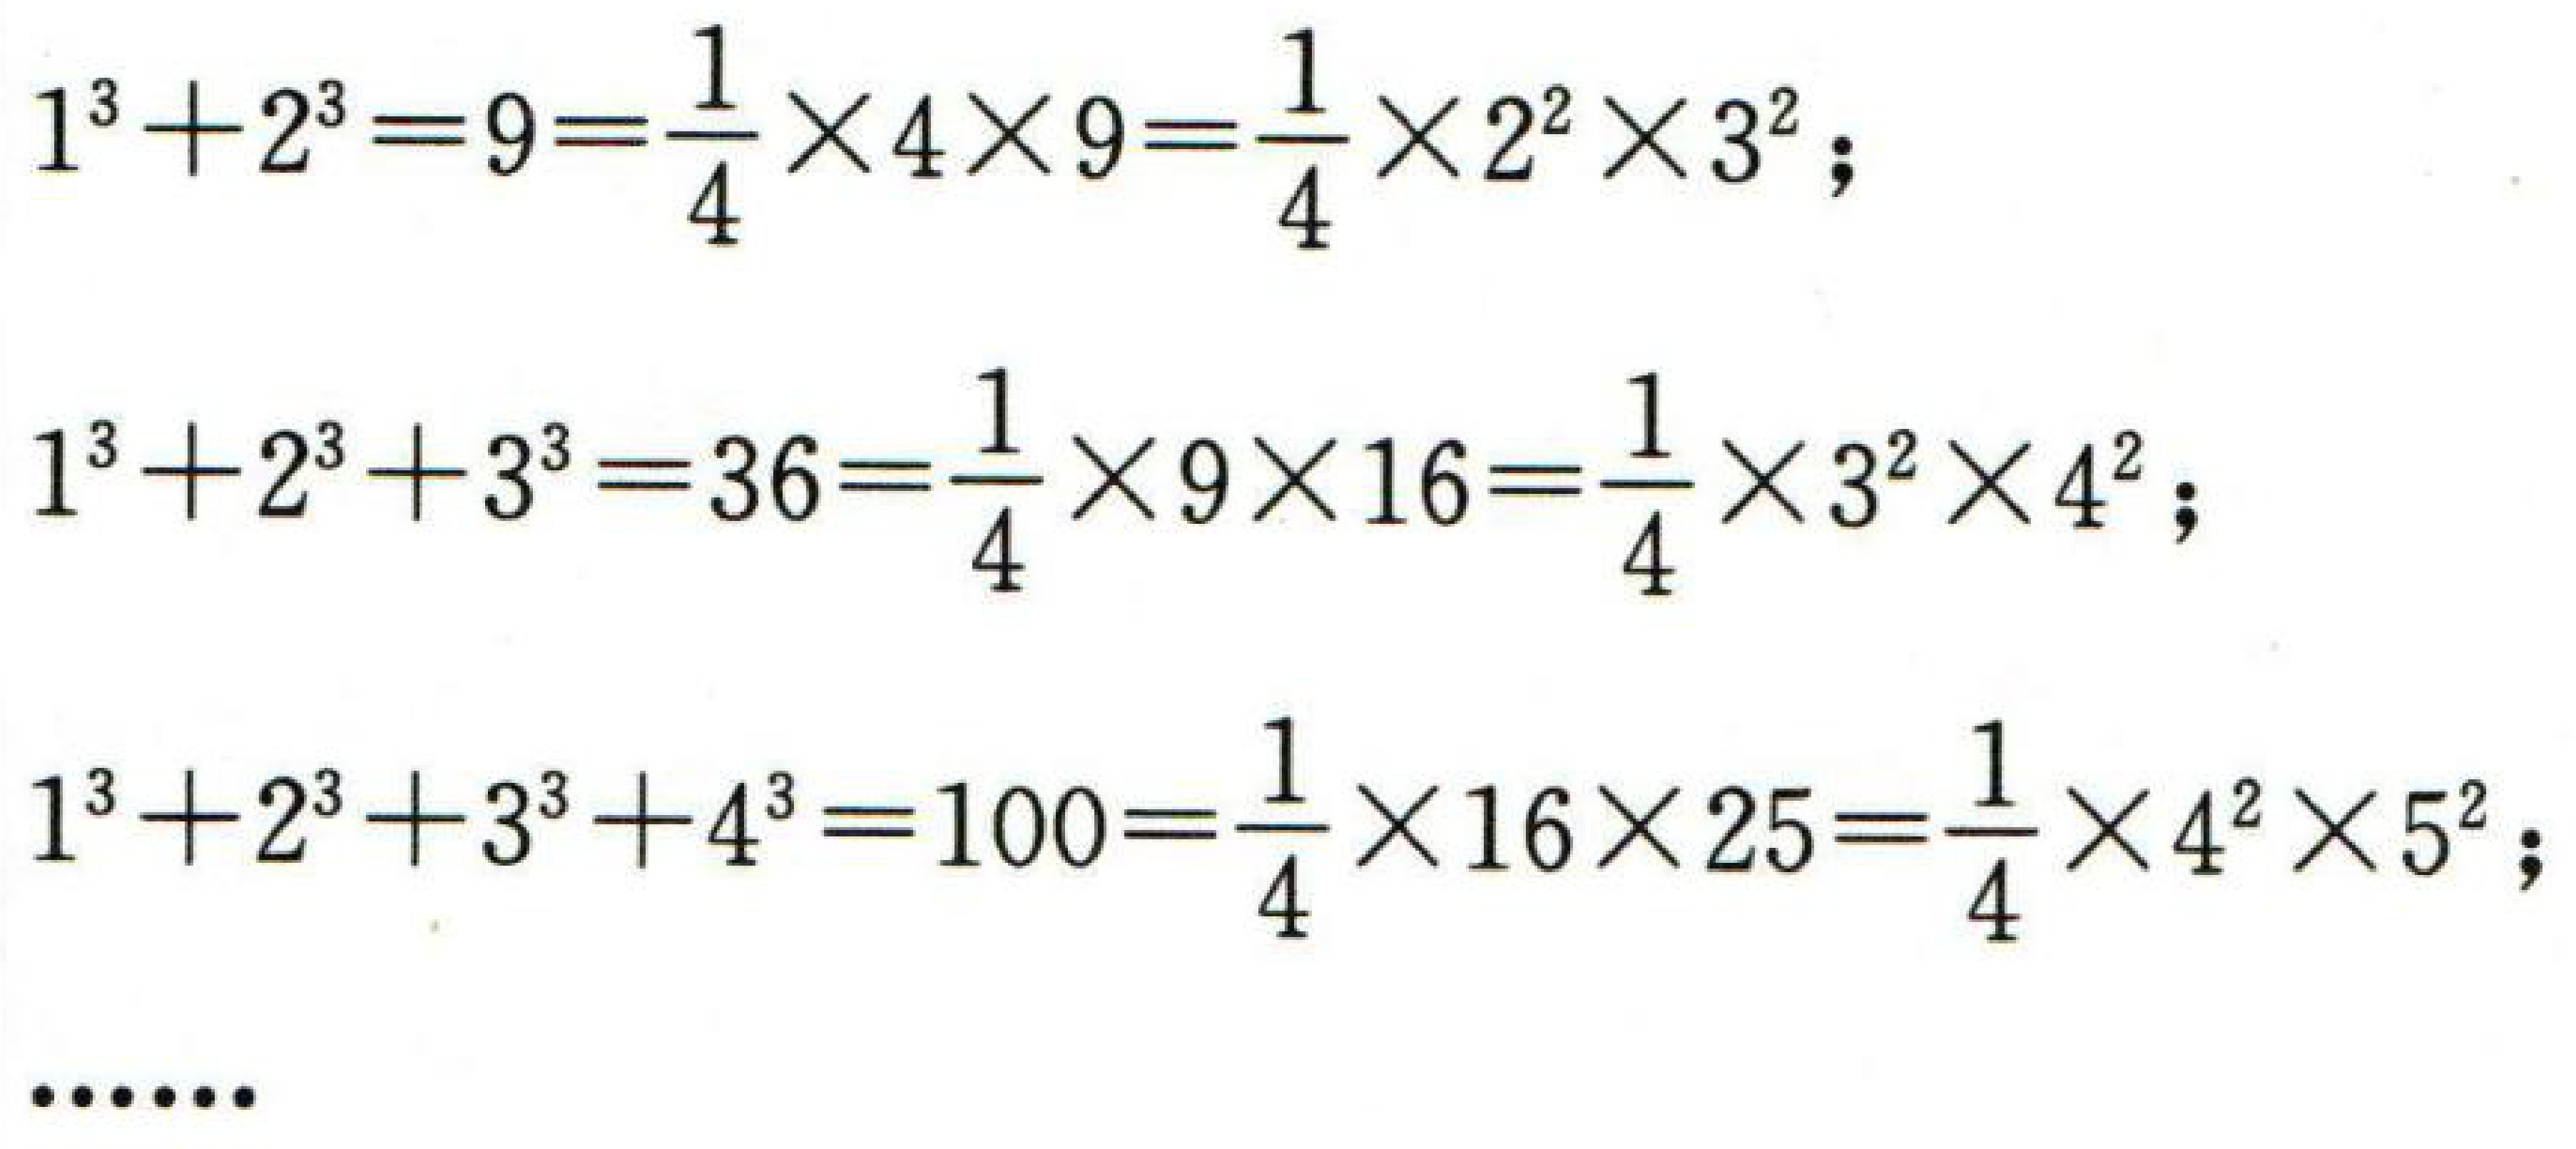
\[
\begin{align*}
1^{3}+2^{3}&=9=\frac{1}{4}\times4\times9=\frac{1}{4}\times2^{2}\times3^{2}；\\
1^{3}+2^{3}+3^{3}&=36=\frac{1}{4}\times9\times16=\frac{1}{4}\times3^{2}\times4^{2}；\\
1^{3}+2^{3}+3^{3}+4^{3}&=100=\frac{1}{4}\times16\times25=\frac{1}{4}\times4^{2}\times5^{2}；\\
\end{align*}
\cdots\cdots
\]